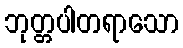
ဘုတ္တပါတရာသော